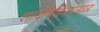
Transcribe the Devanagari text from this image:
शल्यचिकित्सासाध्य